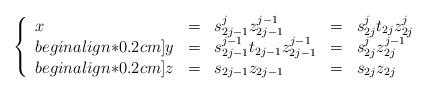
LaTeX: \begin{align*}\left\{\begin{array}{lclcl}x&=&s_{2j-1}^jz_{2j-1}^{j-1}&=&s_{2j}^jt_{2j}z_{2j}^j\\begin{align*}0.2cm]y&=&s_{2j-1}^{j-1}t_{2j-1}z_{2j-1}^{j-1}&=&s_{2j}^jz_{2j}^{j-1}\\begin{align*}0.2cm]z&=&s_{2j-1}z_{2j-1}&=&s_{2j}z_{2j}\end{array} \right.\end{align*}